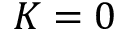
K = 0